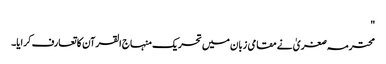
"
محترمہ صغریٰ نے مقامی زبان میں تحریک منہاج القرآن کا تعارف کرایا۔